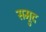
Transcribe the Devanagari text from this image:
सम्रुद